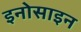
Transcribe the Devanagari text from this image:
इनोसाइन